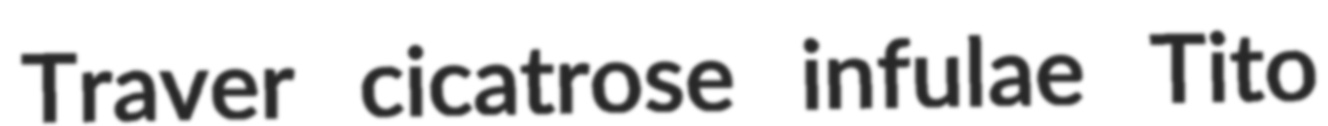
Traver cicatrose infulae Tito